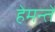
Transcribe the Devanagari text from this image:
हेमन्ते